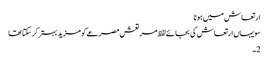
ارتعاش میں ہونا
سو یہاں ارتعاش کی بجائے لفظ مر تعش مصرعے کو مزید بہتر کر سکتا تھا
2۔